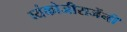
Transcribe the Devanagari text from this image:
व्यंकोजीराजेंनी